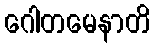
ဂေါတမေနာတိ